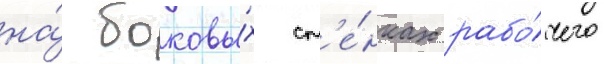
на́ боковы́х ст'е́нках рабо́чего